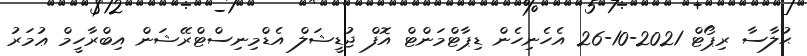
ޙުލާސާ ރިޕޯޓް 2021-10-26 އެހެނިހެން ޑިޕާޓްމަންޓް އޮފް ޖުޑީޝަލް އެޑްމިނިސްޓްރޭޝަން އިބްރާހީމް ޢުމަރު